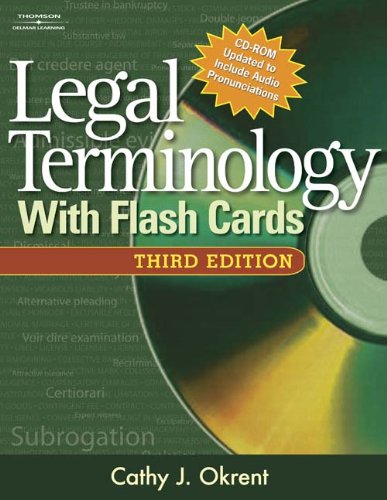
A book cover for Legal Terminology with Flashcards (West Legal Studies); Cathy Okrent; Law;